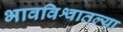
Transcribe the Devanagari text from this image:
भावविश्वातल्या